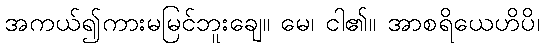
အကယ်၍ကားမမြင်ဘူးချေ။ မေ၊ ငါ၏။ အာစရိယေဟိပိ၊